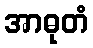
အာဓုတံ